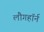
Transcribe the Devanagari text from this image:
लौगहॉर्न